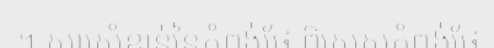
។ សារសំខាន់នៃកំពង់ផែ ពិសេសកំពង់ផែ